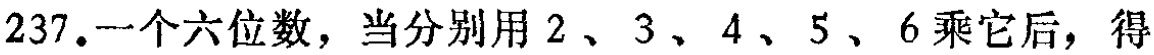
237.一个六位数，当分别用 \(2\)、\(3\)、\(4\)、\(5\)、\(6\) 乘它后，得